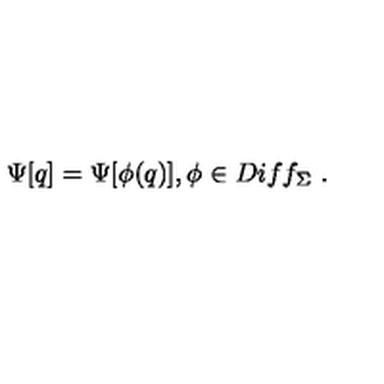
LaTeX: \Psi [ q ] = \Psi [ \phi ( q ) ] , \phi \in D i f f _ { \Sigma } \ .